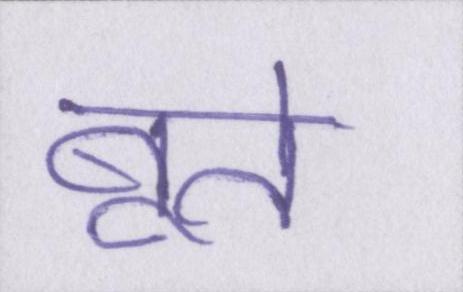
बूते